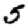
Digit: 5